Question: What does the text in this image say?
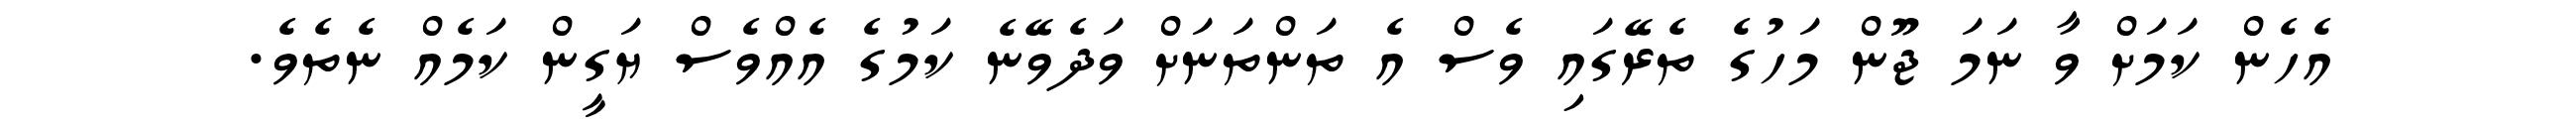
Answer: އެހެން ކަމަށް ވާ ނަމަ ޖޫން މަހުގެ ތެރޭގައި ވެސް އެ ތަންތަނަށް ވަދެވޭނެ ކަމުގެ އެއްވެސް ޔަގީން ކަމެއް ނެތެވެ.